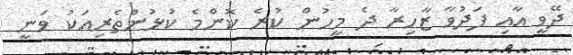
ދޭވީ އާއި ފަދުވާ ޒާހިރާ ދެ މީހުން ކުރެ ކޮންމެ ކުޅުންތެރިއަކު ވަނީ